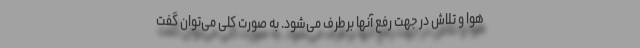
هوا و تلاش در جهت رفع آنها برطرف می‌شود. به صورت کلی می‌توان گفت